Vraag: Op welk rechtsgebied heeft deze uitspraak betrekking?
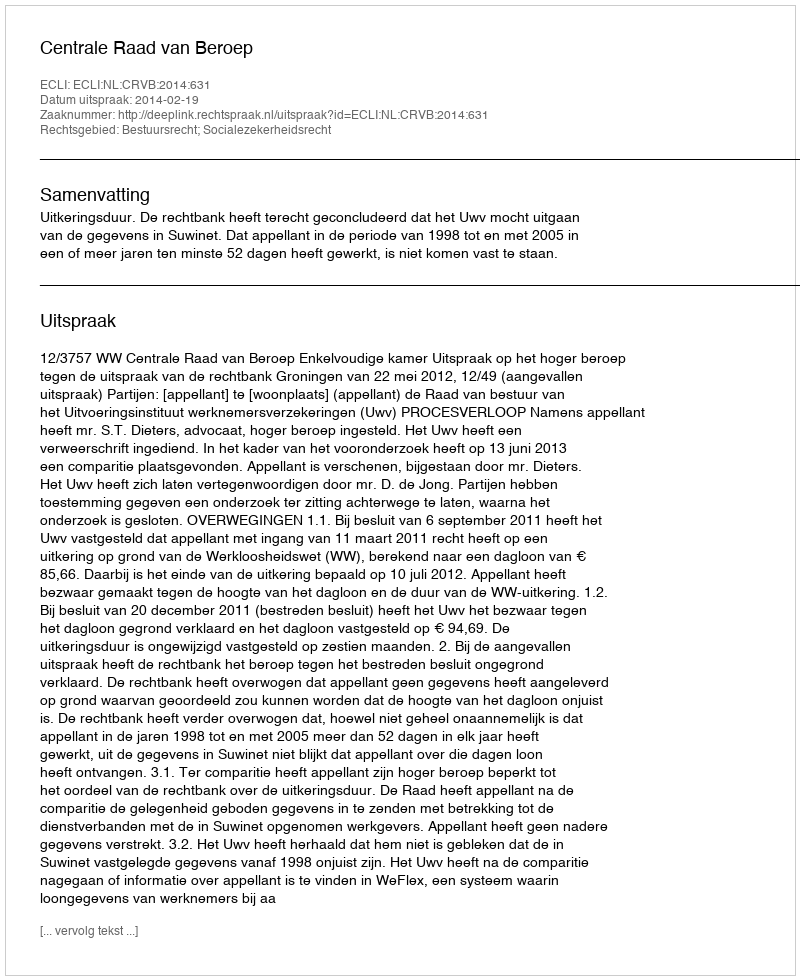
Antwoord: Bestuursrecht; Socialezekerheidsrecht